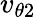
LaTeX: v_{\theta 2}